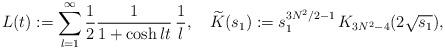
LaTeX: \begin{align*}L(t):=\sum_{l=1}^\infty \frac{1}{2} \frac{1}{1+\cosh lt}\, \frac{1}{l},\quad\widetilde{K}(s_1):=s_1^{3N^2/2-1}\, K_{3N^2-4}(2\sqrt{s_1}),\end{align*}